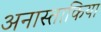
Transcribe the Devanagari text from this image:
अनास्ताकिया